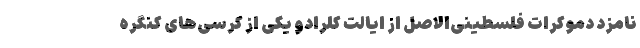
نامزد دموکرات فلسطینی‌الاصل از ایالت کلرادو یکی از کرسی‌های کنگره